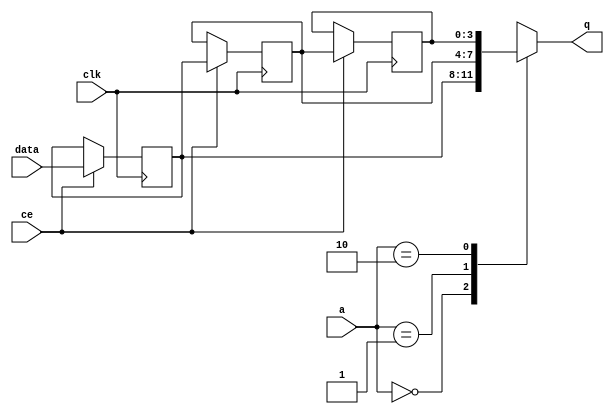
// This program was cloned from: https://github.com/mustafabbas/ECE1373_2016_hft_on_fpga
// License: MIT License

// ==============================================================
// File generated by Vivado(TM) HLS - High-Level Synthesis from C, C++ and SystemC
// Version: 2015.1
// Copyright (C) 2015 Xilinx Inc. All rights reserved.
// 
// ==============================================================


`timescale 1 ns / 1 ps

module FIFO_toe_stateTable2txApp_rsp_V_shiftReg (
    clk,
    data,
    ce,
    a,
    q);

parameter DATA_WIDTH = 32'd4;
parameter ADDR_WIDTH = 32'd2;
parameter DEPTH = 32'd3;

input clk;
input [DATA_WIDTH-1:0] data;
input ce;
input [ADDR_WIDTH-1:0] a;
output [DATA_WIDTH-1:0] q;

reg[DATA_WIDTH-1:0] SRL_SIG [0:DEPTH-1];
integer i;

always @ (posedge clk)
    begin
        if (ce)
        begin
            for (i=0;i<DEPTH-1;i=i+1)
                SRL_SIG[i+1] <= SRL_SIG[i];
            SRL_SIG[0] <= data;
        end
    end

assign q = SRL_SIG[a];

endmodule

module FIFO_toe_stateTable2txApp_rsp_V (
    clk,
    reset,
    if_empty_n,
    if_read_ce,
    if_read,
    if_dout,
    if_full_n,
    if_write_ce,
    if_write,
    if_din);

parameter MEM_STYLE = "shiftreg";
parameter DATA_WIDTH = 32'd4;
parameter ADDR_WIDTH = 32'd2;
parameter DEPTH = 32'd3;

input clk;
input reset;
output if_empty_n;
input if_read_ce;
input if_read;
output[DATA_WIDTH - 1:0] if_dout;
output if_full_n;
input if_write_ce;
input if_write;
input[DATA_WIDTH - 1:0] if_din;

wire[ADDR_WIDTH - 1:0] shiftReg_addr ;
wire[DATA_WIDTH - 1:0] shiftReg_data, shiftReg_q;
reg[ADDR_WIDTH:0] mOutPtr = {(ADDR_WIDTH+1){1'b1}};
reg internal_empty_n = 0, internal_full_n = 1;

assign if_empty_n = internal_empty_n;
assign if_full_n = internal_full_n;
assign shiftReg_data = if_din;
assign if_dout = shiftReg_q;

always @ (posedge clk) begin
    if (reset == 1'b1)
    begin
        mOutPtr <= ~{ADDR_WIDTH+1{1'b0}};
        internal_empty_n <= 1'b0;
        internal_full_n <= 1'b1;
    end
    else begin
        if (((if_read & if_read_ce) == 1 & internal_empty_n == 1) && 
            ((if_write & if_write_ce) == 0 | internal_full_n == 0))
        begin
            mOutPtr <= mOutPtr -1;
            if (mOutPtr == 0)
                internal_empty_n <= 1'b0;
            internal_full_n <= 1'b1;
        end 
        else if (((if_read & if_read_ce) == 0 | internal_empty_n == 0) && 
            ((if_write & if_write_ce) == 1 & internal_full_n == 1))
        begin
            mOutPtr <= mOutPtr +1;
            internal_empty_n <= 1'b1;
            if (mOutPtr == DEPTH-2)
                internal_full_n <= 1'b0;
        end 
    end
end

assign shiftReg_addr = mOutPtr[ADDR_WIDTH] == 1'b0 ? mOutPtr[ADDR_WIDTH-1:0]:{ADDR_WIDTH{1'b0}};
assign shiftReg_ce = (if_write & if_write_ce) & internal_full_n;

FIFO_toe_stateTable2txApp_rsp_V_shiftReg 
#(
    .DATA_WIDTH(DATA_WIDTH),
    .ADDR_WIDTH(ADDR_WIDTH),
    .DEPTH(DEPTH))
U_FIFO_toe_stateTable2txApp_rsp_V_ram (
    .clk(clk),
    .data(shiftReg_data),
    .ce(shiftReg_ce),
    .a(shiftReg_addr),
    .q(shiftReg_q));

endmodule